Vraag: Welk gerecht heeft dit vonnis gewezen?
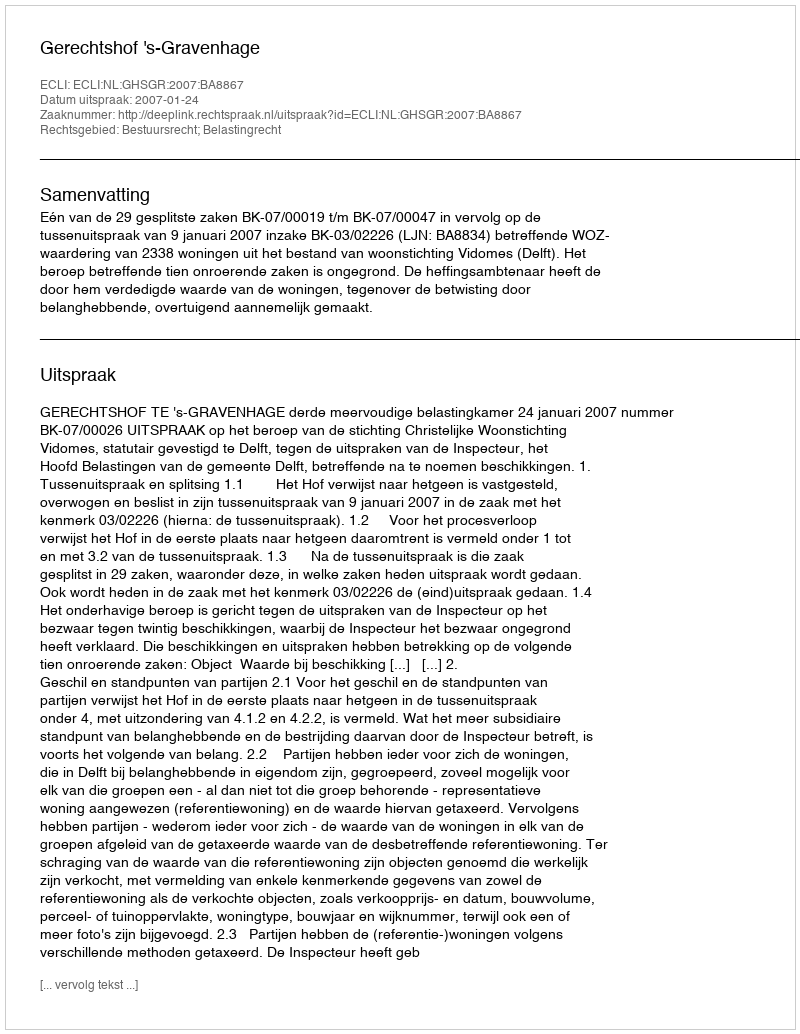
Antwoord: Gerechtshof 's-Gravenhage